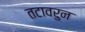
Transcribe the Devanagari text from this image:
तटावरुन